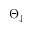
\Theta _ { \downarrow }